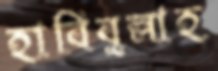
হাবিবুল্লাহ্